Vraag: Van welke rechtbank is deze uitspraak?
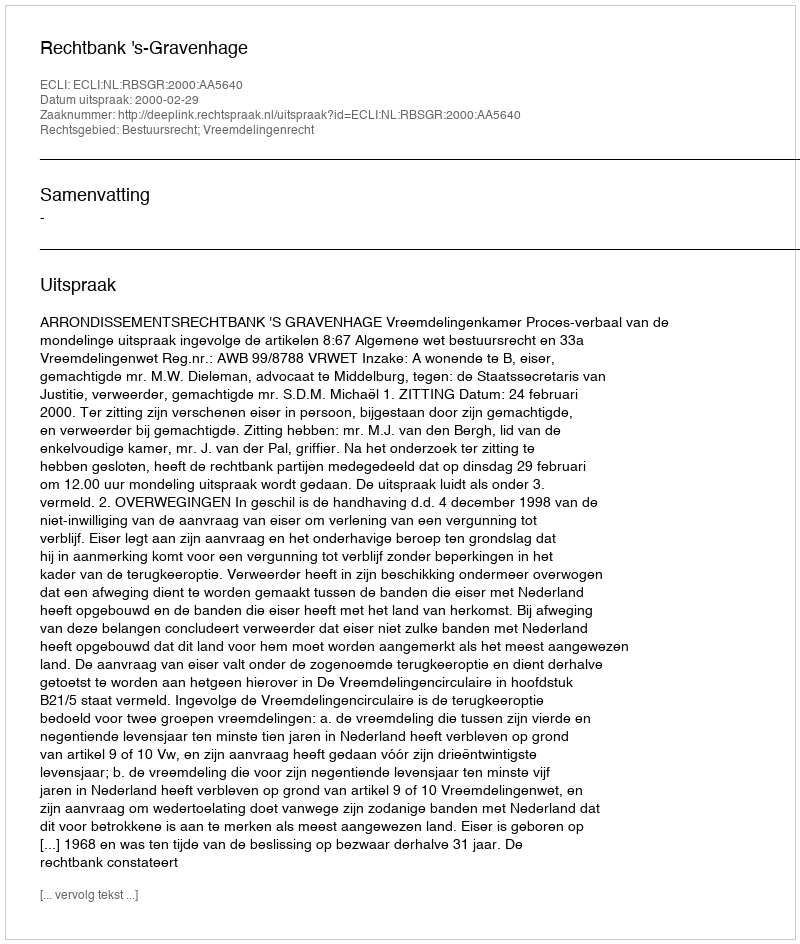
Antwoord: Rechtbank 's-Gravenhage